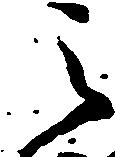
之